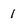
Character: 1